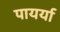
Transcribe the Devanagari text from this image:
पायर्या